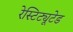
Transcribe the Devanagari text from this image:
रेस्टिट्यूटेड